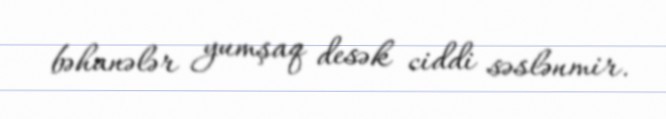
bəhanələr yumşaq desək ciddi səslənmir.